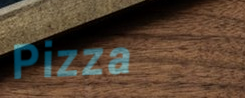
Pizza